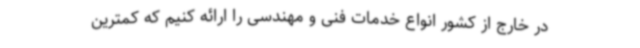
در خارج از کشور انواع خدمات فنی و مهندسی را ارائه کنیم که کمترین